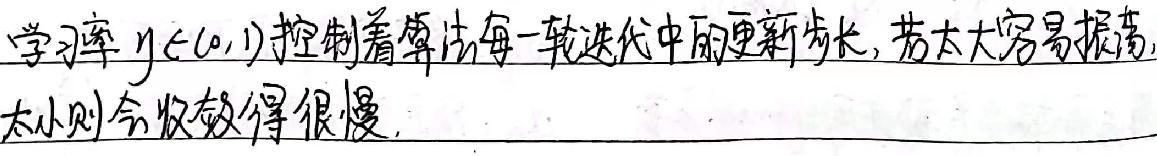
学习率\(y\in(0,1)\)控制着算法每一轮迭代中的更新步长，若太大容易振荡，若太小则收敛得很慢。